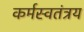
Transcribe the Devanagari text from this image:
कर्मस्वतंत्रय